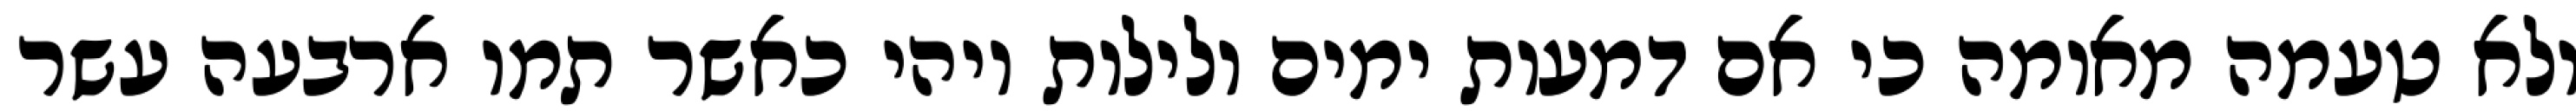
ולא טעמה מאומה כי אם דמעות ימים ולילות ויהי כאשר תמו ארבעה עשר